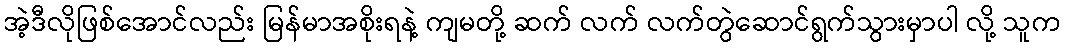
အဲ့ဒီလိုဖြစ်အောင်လည်း မြန်မာအစိုးရနဲ့ ကျမတို့ ဆက် လက် လက်တွဲဆောင်ရွက်သွားမှာပါ လို့ သူက